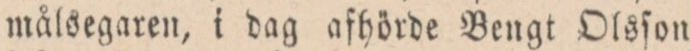
målsegaren, i dag afhörde Bengt Olsſon